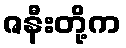
ဇနီးတို့က